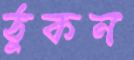
ঠুকন